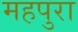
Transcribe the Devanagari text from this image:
महपुरा